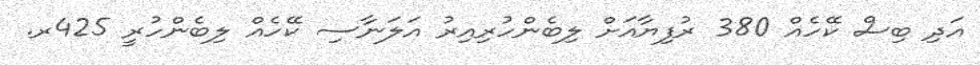
އަދި ބިސް ކޭހެއް 380 ރުފިޔާއަށް ލިބެންހުރިއިރު އަލަނާސި ކޭހެއް ލިބެންހުރީ 425ރ.